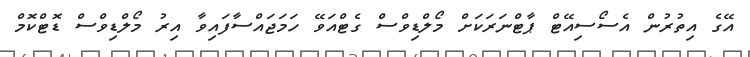
އޭގެ އިތުރުން އެސޯސިއޭޓް ޕާޓްނަރަކަށް މޯލްޑިވްސް ގެޓްއަވޭ ހަމަޖައްސާފައިވާ އިރު މޯލްޑިވްސް ޑޮޓްކޮމް